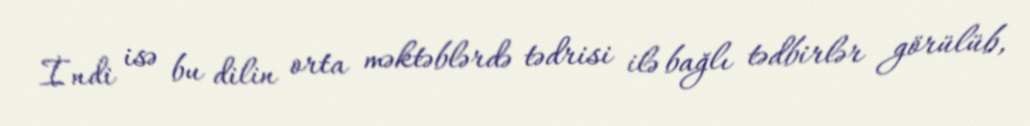
İndi isə bu dilin orta məktəblərdə tədrisi ilə bağlı tədbirlər görülüb,